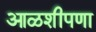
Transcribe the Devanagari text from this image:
आळशीपणा